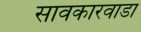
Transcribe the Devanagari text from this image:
सावकारवाडा